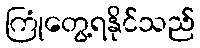
ကြုံတွေ့ရနိုင်သည်